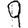
Digit: 9